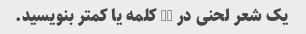
یک شعر لحنی در 50 کلمه یا کمتر بنویسید.